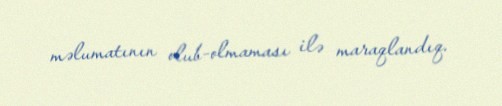
məlumatının olub-olmaması ilə maraqlandıq.